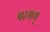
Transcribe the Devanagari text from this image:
परमम्